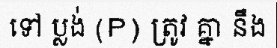
ទៅ ប្លង់ (P) ត្រូវ គ្នា នឹង